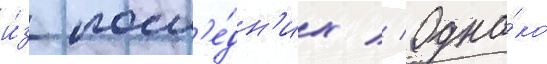
и́з посл'е́дн'их // Одна́ко